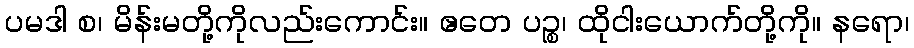
ပမဒါ စ၊ မိန်းမတို့ကိုလည်းကောင်း။ ဧတေ ပဉ္စ၊ ထိုငါးယောက်တို့ကို။ နရော၊